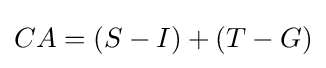
CA=(S-I)+(T-G)